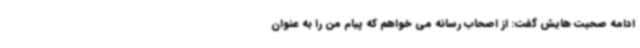
ادامه صحبت هایش گفت: از اصحاب رسانه می خواهم که پیام من را به عنوان